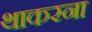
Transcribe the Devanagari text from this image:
थाकरना